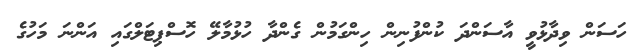
ހަސަން ވިދާޅުވީ އާސަންދަ ކުންފުނިން ހިންގަމުން ގެންދާ ހުޅުމާލޭ ހޮސްޕިޓަލްގައި އަންނަ މަހުގެ